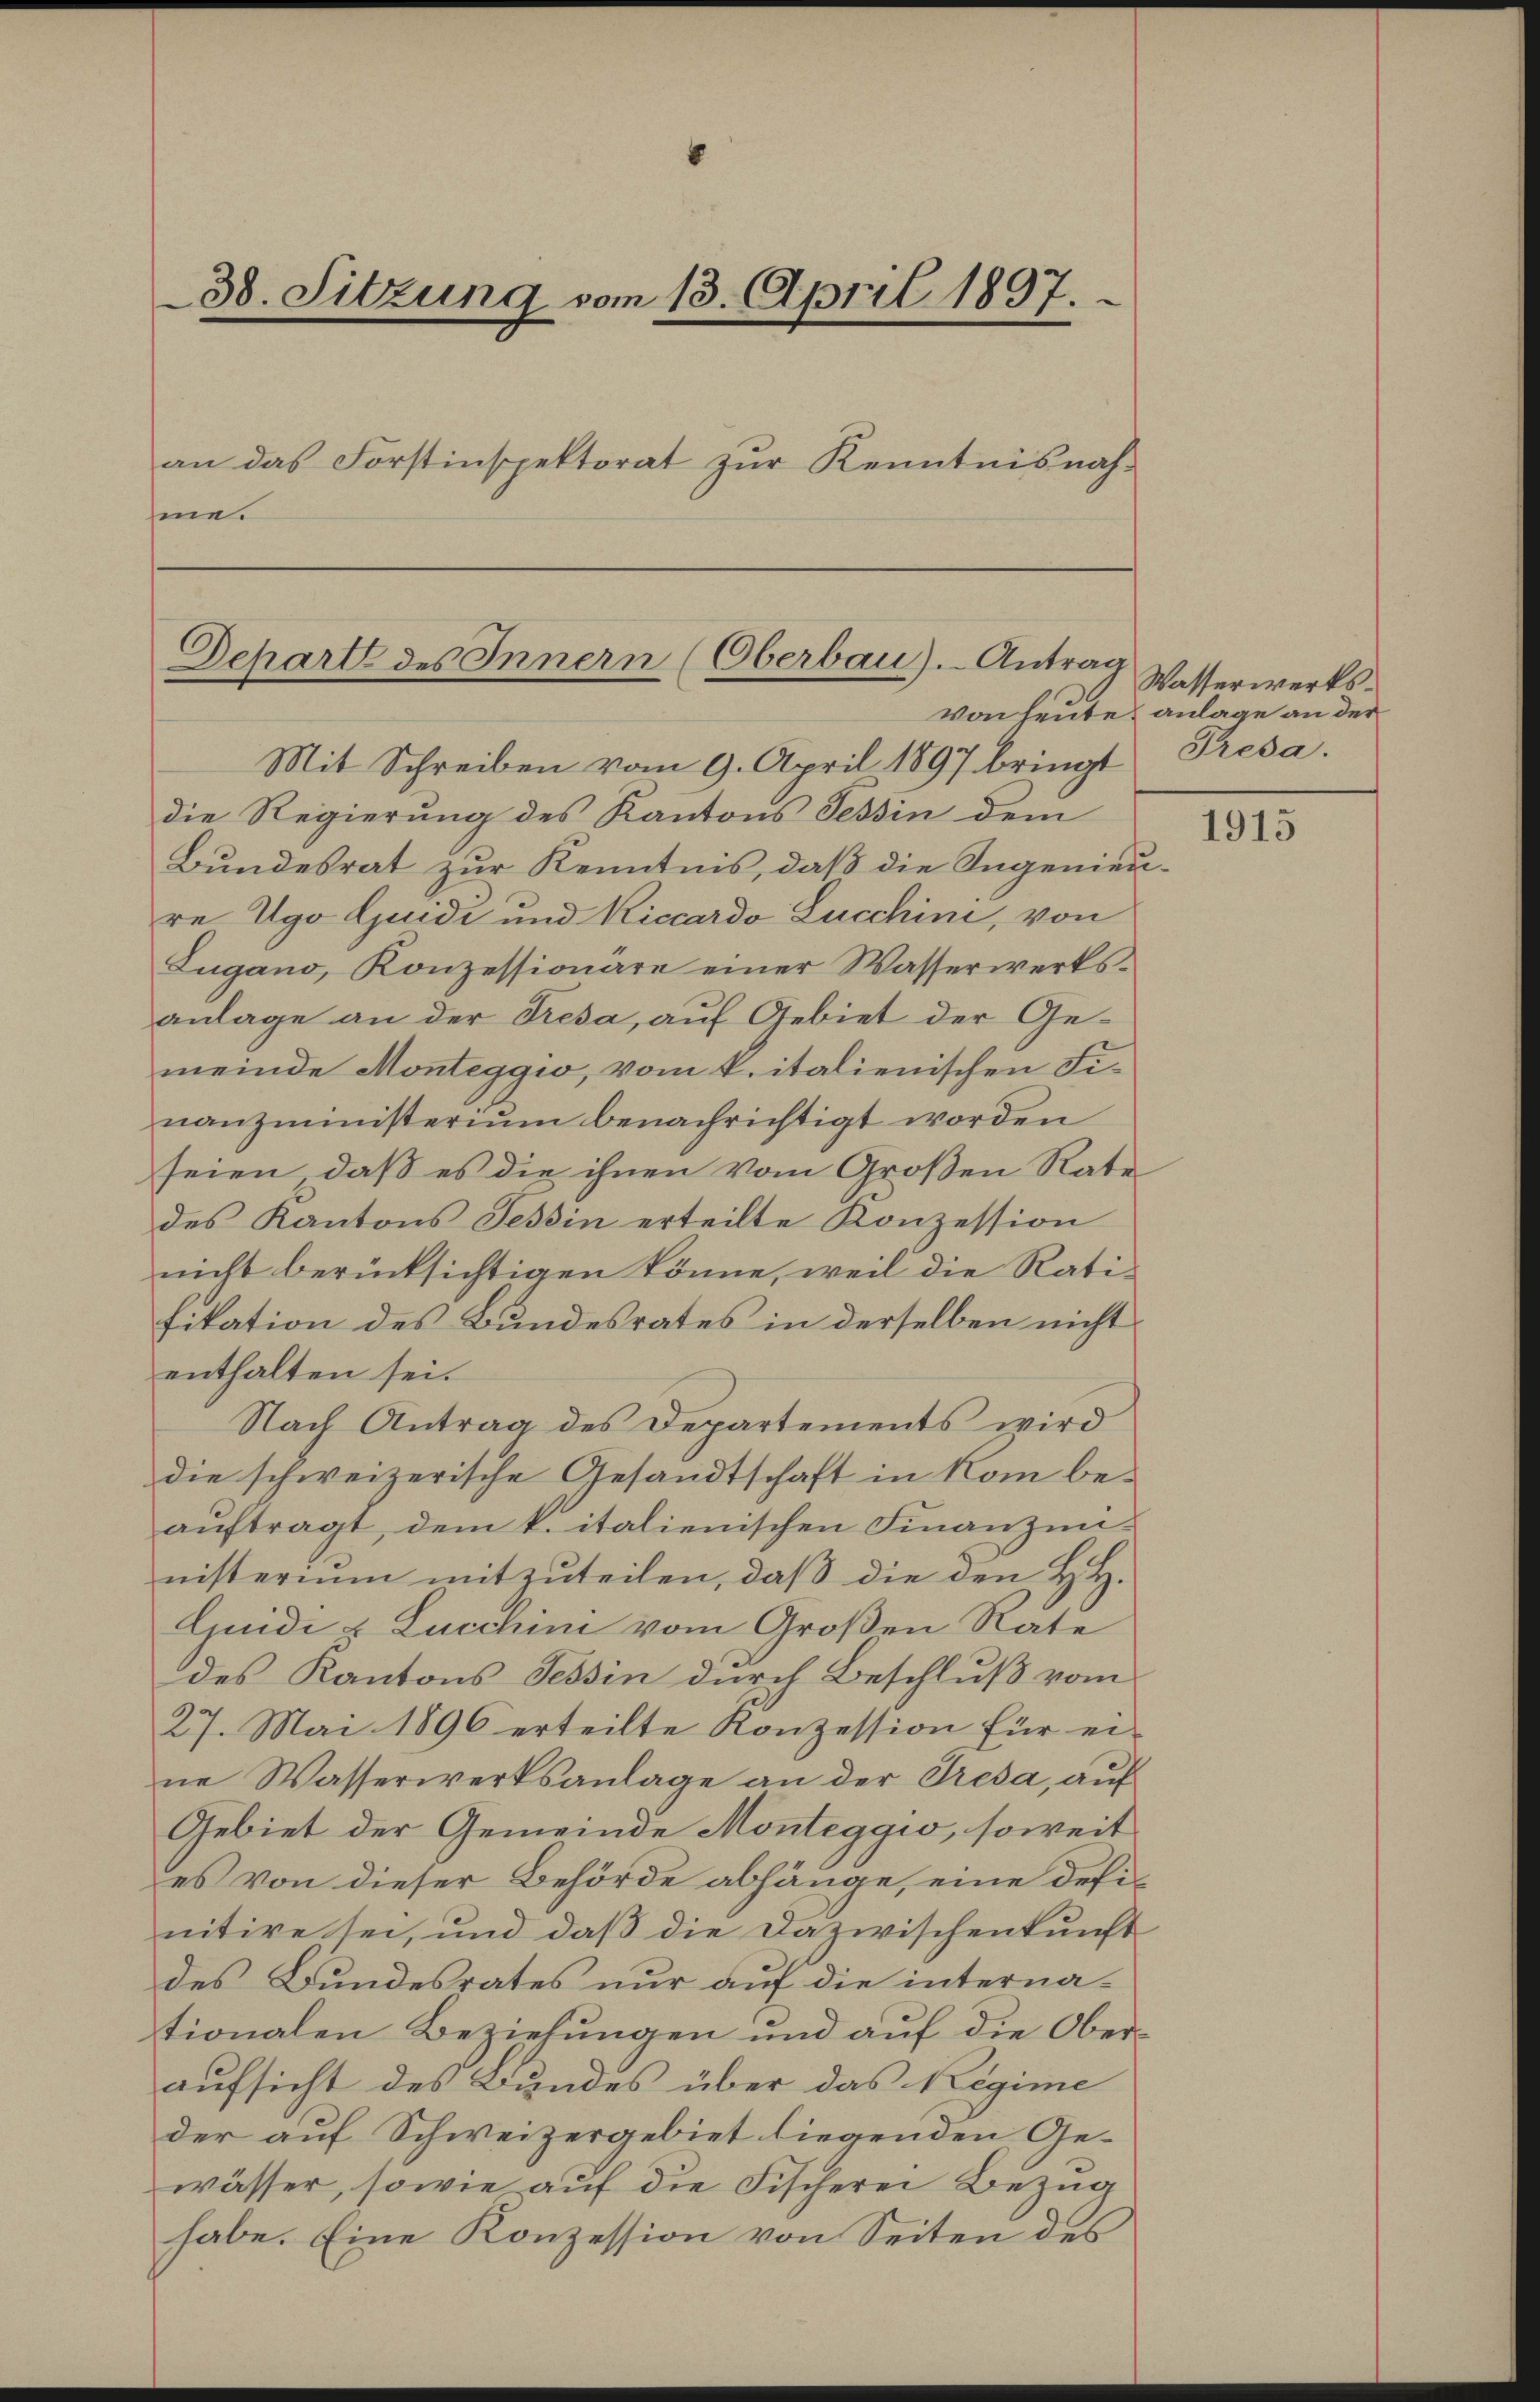
38. Sitzung vom 13. April 1897.
an das Forstinspektorat zur Kenntnisnahsine.

Dchart des Innern (Oberbau).- Antrag

Mit Schreiben vom 9. April 1897 bringt Presa.
die Regierung des Kantons Tessin dem
Bundesrat zur Kenntnis, daß die Ingenieure Ugo Guidi und Riccardo Lucchini, von
Lugano, Konzessionäre einer Wasserwerksanlage an der Fresa, auf Gebiet der Gemeinde Monteggio, vom k. italienischen Finanzministerium benachrichtigt worden
seien, daß es die ihnen vom Großen Rate
des Kantons Tessin erteilte Konzession
nicht berücksichtigen könne, weil die Ratifikation des Bundesrates in derselben nicht
enthalten sei.
Nach Antrag des Departements wird
die schweizerische Gesandtschaft in kom beauftragt, dem k. italienischen Finanzennisteriŭm mitzŭteilen, daβ die den H. H.
Quidi & Lucchini vom Großen Rate
des Kantons Tessin durch Beschluß vom
27. Mai 1896 erteilte Konzession für eine Wasserwerksanlage an der Tresa, auf
Gebiet der Gemeinde Monteggio, soweit
es von dieser Behörde abhänge, eine defi-
nitive sei, und daß die Dazwischenkunft
des Bundesrates nur auf die internationalen Beziehungen und auf die Oberaufsicht des Bundes über das Regime
der auf Schweizergebiet liegenden Gewässer, sowie auf die Fischerei Bezug
habe. Eine Konzession von Seiten des

Wasserwerksvon heute, anlage an der

1915